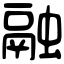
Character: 融